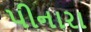
પીનારા